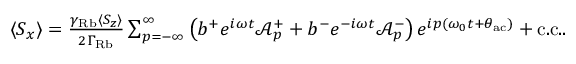
\begin{array} { r } { \langle S _ { x } \rangle = \frac { \gamma _ { \mathrm { R b } } \langle S _ { z } \rangle } { 2 \Gamma _ { \mathrm { R b } } } \sum _ { p = - \infty } ^ { \infty } \left( b ^ { + } e ^ { i \omega t } \mathcal { A } _ { p } ^ { + } + b ^ { - } e ^ { - i \omega t } \mathcal { A } _ { p } ^ { - } \right) e ^ { i p ( \omega _ { 0 } t + \theta _ { \mathrm { a c } } ) } + \mathrm { c . c . } . } \end{array}